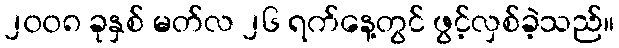
၂၀၀၈ ခုနှစ် မတ်လ ၂၆ ရက်နေ့တွင် ဖွင့်လှစ်ခဲ့သည်။